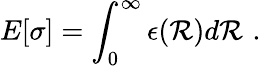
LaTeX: E[\sigma]=\int_{0}^{\infty}\epsilon(\mathcal{R})d\mathcal{R}\, \, .